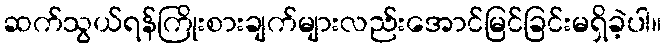
ဆက်သွယ်ရန်ကြိုးစားချက်များလည်းအောင်မြင်ခြင်းမရှိခဲ့ပါ။